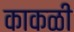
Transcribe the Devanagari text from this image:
काकळी